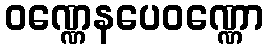
ဝဏ္ဏေနပေဝဏ္ဏော